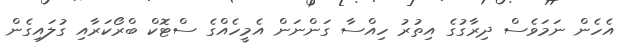
އެހެން ނަމަވެސް ދިރާގުގެ އިތުރު ހިއްސާ ގަންނަން އެމީހެއްގެ ސްޓޮކް ބްރޯކަރާއި ގުލައިގެން